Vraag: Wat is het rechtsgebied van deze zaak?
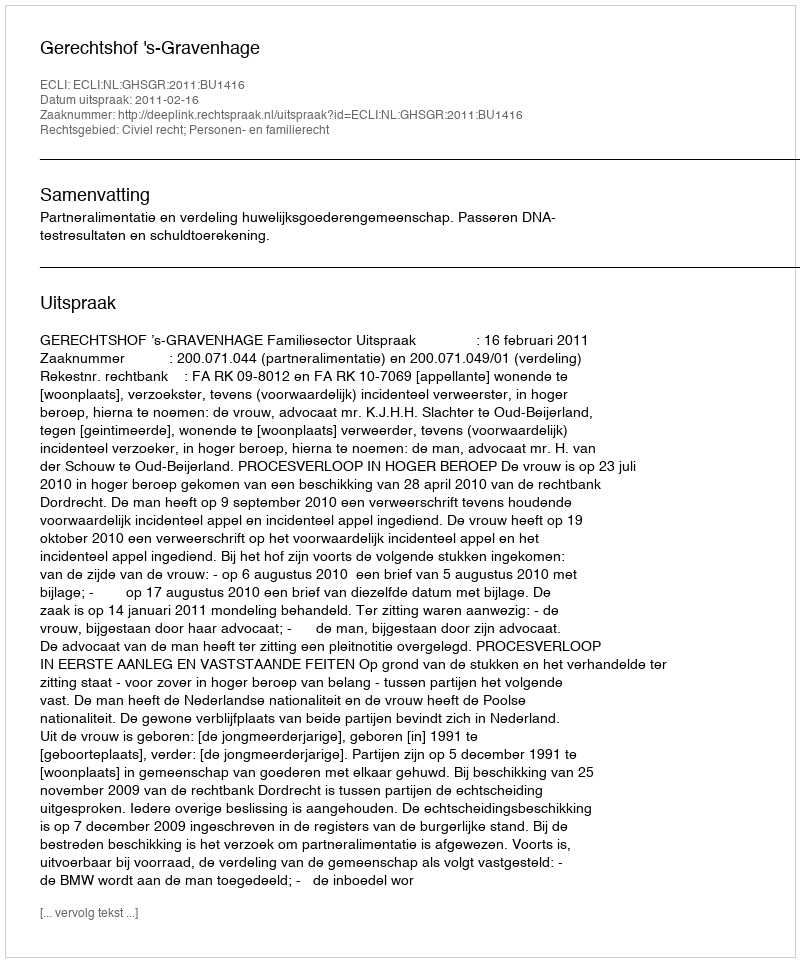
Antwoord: Civiel recht; Personen- en familierecht